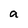
Character: a